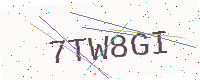
Text: 7TW8GI